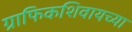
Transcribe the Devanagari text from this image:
ग्राफिकशिवायच्या